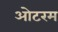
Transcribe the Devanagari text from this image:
ओटरम